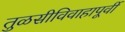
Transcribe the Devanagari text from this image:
तुळसीविवाहापूर्वी